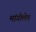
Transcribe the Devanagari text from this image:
मांगीलेव